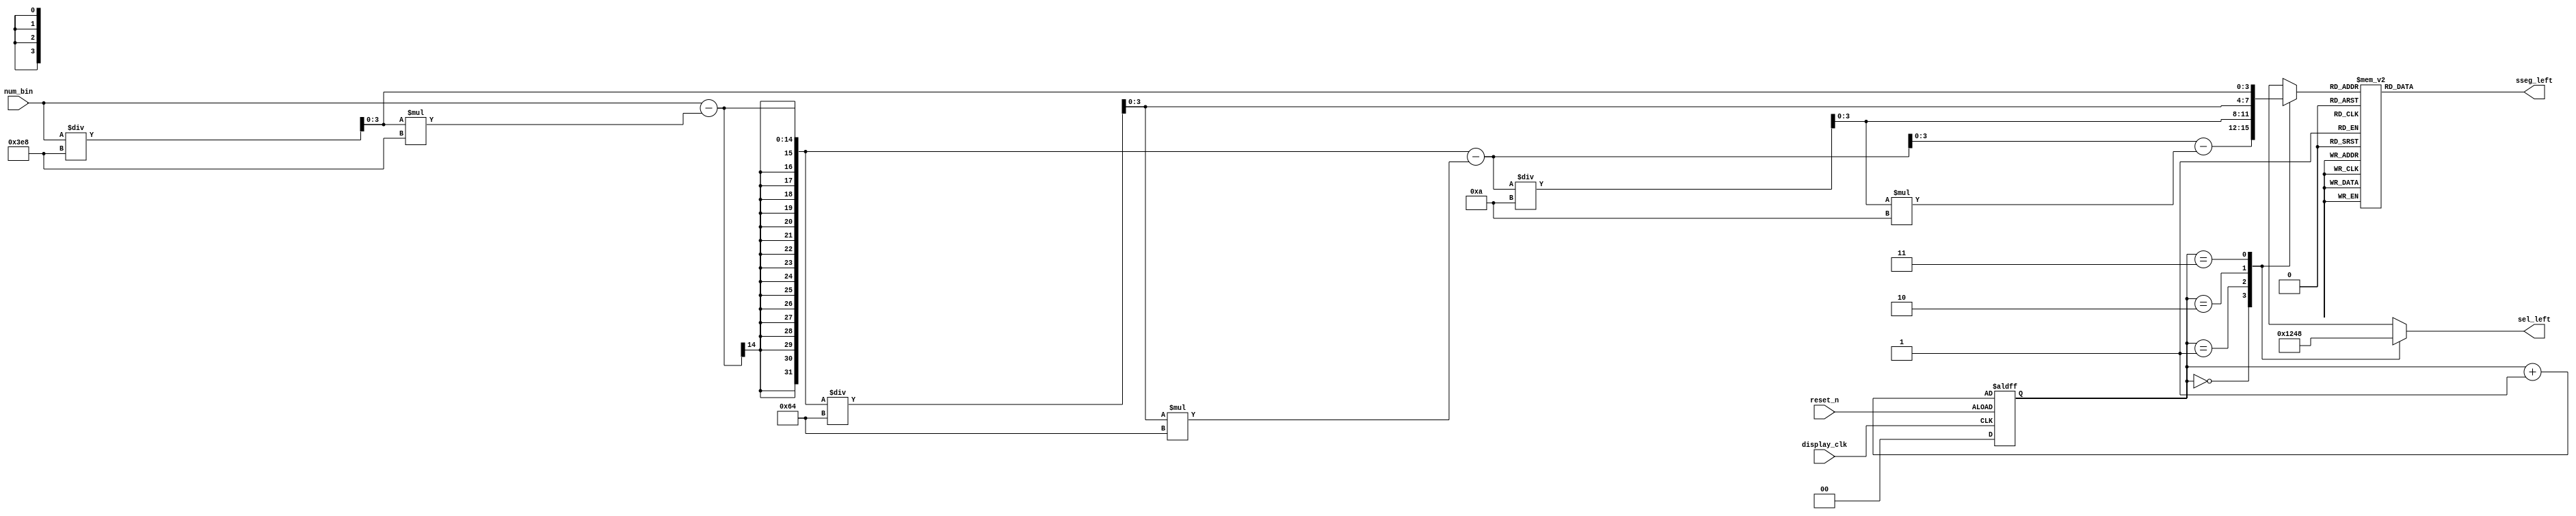
`timescale 1ns / 1ps
//////////////////////////////////////////////////////////////////////////////////
// Company: 
// Engineer: 
// 
// Design Name: 
// Module Name: display_left
// Project Name: 
// Target Devices: 
// Tool Versions: 
// Description: 
// 
// Dependencies: 
// 
// Revision:
// Revision 0.01 - File Created
// Additional Comments:
// 
//////////////////////////////////////////////////////////////////////////////////


module display_left(
input display_clk,reset_n,//display_clk=10kHz
//input [3:0] in3,in2,in1,in0,
input [12:0]num_bin,
output reg[6:0] sseg_left,
output reg[3:0] sel_left
    );
reg [3:0]in3,in2,in1,in0,in;//4, in3
//reg [3:0]num_dec;
reg[1:0] regN=0;

always@(posedge display_clk,posedge reset_n)
    if(!reset_n)
        regN <= 0;
    else
        regN <= regN + 1'b1;




always@*
    case(regN)
        2'b00:begin in<=in0;sel_left=4'b0001;end
        2'b01:begin in<=in1;sel_left=4'b0010;end
        2'b10:begin in<=in2;sel_left=4'b0100;end
        2'b11:begin in<=in3;sel_left=4'b1000;end
        default:in<=in0;
    endcase
    
always@*
    begin
        in3<=num_bin/10'b1111101000;//1000
        in2<=(num_bin-in3*1000)/7'b1100100;
        in1<=(num_bin-in3*1000-in2*100)/4'b1010;
        in0<=num_bin-in3*1000-in2*100-in1*10;
    end
    
always@*
    begin
        case(in)
            4'd0:sseg_left[6:0]=7'b0111111;//3f
            4'd1:sseg_left[6:0]=7'b0000110;//06
            4'd2:sseg_left[6:0]=7'b1011011;//5b
            4'd3:sseg_left[6:0]=7'b1001111;//4f
            4'd4:sseg_left[6:0]=7'b1100110;//66     
            4'd5:sseg_left[6:0]=7'b1101101;//6d
            4'd6:sseg_left[6:0]=7'b1111101;//7d
            4'd7:sseg_left[6:0]=7'b0000111;//07
            4'd8:sseg_left[6:0]=7'b1111111;//7f
            4'd9:sseg_left[6:0]=7'b1101111;//6f
            default:sseg_left[6:0]=7'b0111111;//3f
        endcase
    end    
endmodule